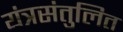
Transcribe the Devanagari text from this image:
यंत्रसंतुलित